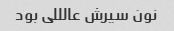
نون سیرش عالللی بود